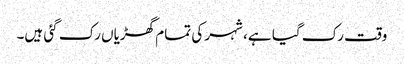
وقت رک گیا ہے، شہر کی تمام گھڑیاں رک گئی ہیں۔